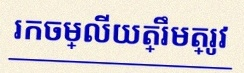
រកចម្លើយត្រឹមត្រូវ